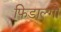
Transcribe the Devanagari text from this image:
फ़िडाल्गो